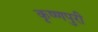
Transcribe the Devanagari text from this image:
कृष्णपुरी